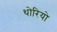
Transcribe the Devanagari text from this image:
थोरियो